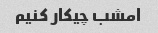
امشب چیکار کنیم